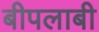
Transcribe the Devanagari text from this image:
बीपलाबी